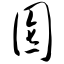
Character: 囵